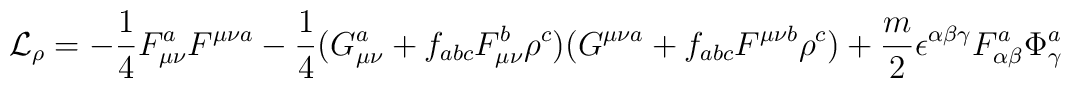
{\cal L}_\rho = - \frac{1}{4} F^a_{\mu\nu} F^{\mu\nu a} - \frac{1}{4}(G^a_{\mu\nu}+f_{abc} F^b_{\mu\nu}\rho^c)(G^{\mu\nu a}+f_{abc} F^{\mu\nu b}\rho^c) + \frac{m}{2}\epsilon^{\alpha\beta\gamma} F^a_{\alpha\beta}\Phi_\gamma^a